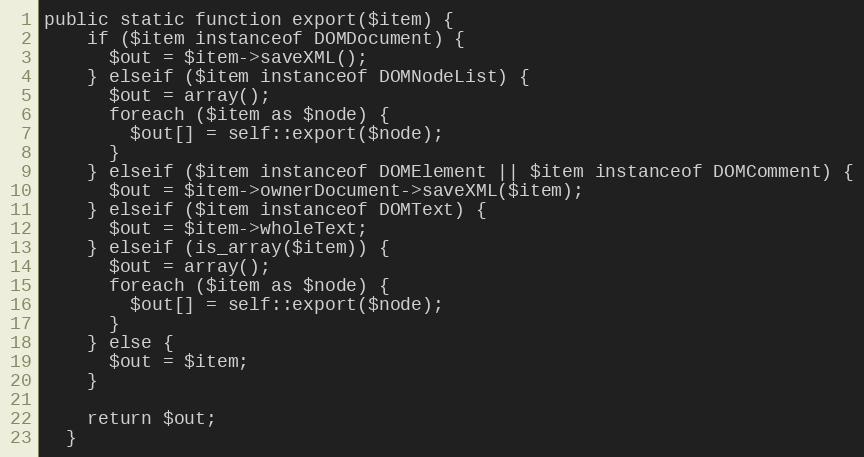
Language: PHP
public static function export($item) {
    if ($item instanceof DOMDocument) {
      $out = $item->saveXML();
    } elseif ($item instanceof DOMNodeList) {
      $out = array();
      foreach ($item as $node) {
        $out[] = self::export($node);
      }
    } elseif ($item instanceof DOMElement || $item instanceof DOMComment) {
      $out = $item->ownerDocument->saveXML($item);
    } elseif ($item instanceof DOMText) {
      $out = $item->wholeText;
    } elseif (is_array($item)) {
      $out = array();
      foreach ($item as $node) {
        $out[] = self::export($node);
      }
    } else {
      $out = $item;
    }

    return $out;
  }